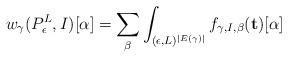
LaTeX: \begin{align*} w_\gamma(P_\epsilon^L, I)[\alpha] = \sum_{\beta} \int_{(\epsilon, L)^{|E(\gamma)|}} f_{\gamma, I, \beta}(\mathbf{t})[\alpha]\end{align*}